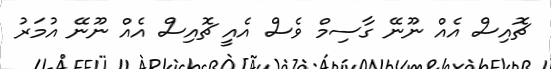
ޗޮއިސް އެއް ނޫނޭ ގާސިމް ވެސް އެއީ ޗޮއިސް އެއް ނޫނޭ އުމަރު